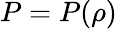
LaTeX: P=P(\rho)